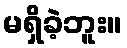
မရှိခဲ့ဘူး။